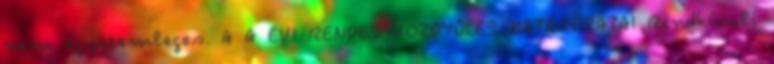
nem egyetemleges. A A ÉVI RENDES KÖZGYŰLÉS HATÁROZATAI Rendkívüli